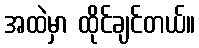
အထဲမှာ ထိုင်ချင်တယ်။